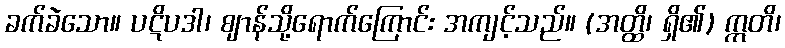
ခက်ခဲသော။ ပဋိပဒါ၊ ဈာန်သို့ရောက်ကြောင်း အကျင့်သည်။ (အတ္ထိ၊ ရှိ၏) ဣတိ၊